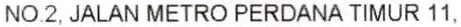
NO.2, JALAN METRO PERDANA TIMUR 11,